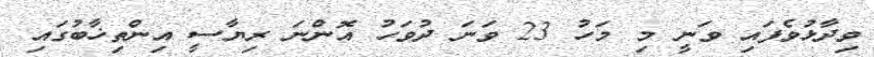
ވިދާޅުވެފައި ވަނީ މި މަހު 23 ވަނަ ދުވަހު އޮންނަ ރިޔާސީ އިންތިޚާބުގައި